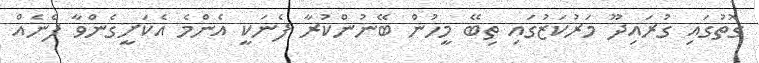
ގޮތުގައި ގުރައިދޫ މަރުކަޒުގައި ތިބޭ މީހުން ބޭނުންކުރާ ފެނަކީ އެންމެ އެކަށީގެންވާ ފެނެއް